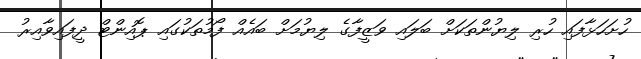
ހުށަހަޅާފައި ހުރި ލިޔުންތަކަށް ބަލައި ވަޒީފާގެ ލިޔުމަށް ބައެއް ފޯމުތަކުގައި ޕޮއިންޓް ދީފައިވާއިރު